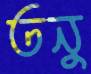
তনু